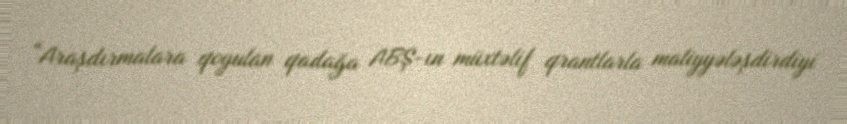
“Araşdırmalara qoyulan qadağa ABŞ-ın müxtəlif qrantlarla maliyyələşdirdiyi